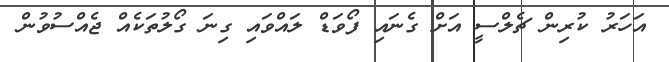
އަހަރު ކުރިން ޗެލްސީ އަށް ގެނައި ފޯވަޑް ލައްވައި ގިނަ ގޯލުތަކެއް ޖެއްސުވުން